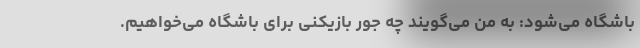
باشگاه می‌شود: به من می‌گویند چه جور بازیکنی برای باشگاه می‌خواهیم.